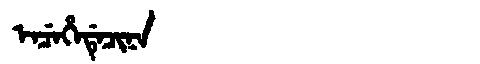
Manchu: ᡝᠨᠴᡝᡥᡝᡩᡝᠴᡳᠨᠠ
Romanization: ENCEHEDECINA